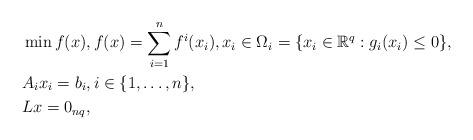
LaTeX: \begin{align*} & \min f(x), f(x)=\sum_{i=1}^n f^i(x_i), x_i\in\Omega_i=\{x_i\in\mathbb R^q:g_i(x_i)\leq 0\},\\ & A_i x_i=b_i,i\in\{1,\ldots,n\}, \\ & Lx = 0_{nq}, \end{align*}